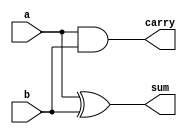
module halfAdder(	input wire a, 
						input wire b,
						output wire sum,
						output wire carry);
	assign sum = a ^ b;
	assign carry = a & b;
endmodule